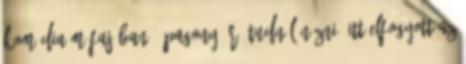
komédia műfajában". Pagony: rá tudnál nézni? Itt elfogyott az